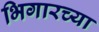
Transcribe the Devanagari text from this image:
भिगारच्या